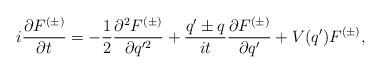
LaTeX: \begin{align*} i \frac{\partial F^{(\pm)}}{\partial t} = -\frac{1}{2} \frac{\partial ^2 F^{(\pm)}}{\partial q'^2} + \frac{q'\pm q}{it} \frac{\partial F^{(\pm)}}{\partial q'} + V(q')F^{(\pm)},\end{align*}